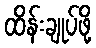
ထိန်းချုပ်ဖို့